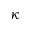
\boldsymbol { \kappa }